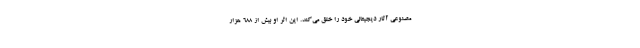
مصنوعی آثار دیجیتالی خود را خلق می‌کند. این اثر او بیش از ۶۸۸ هزار